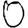
Digit: 0